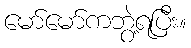
မော်မော်ကဘွဲ့ရပြီး။